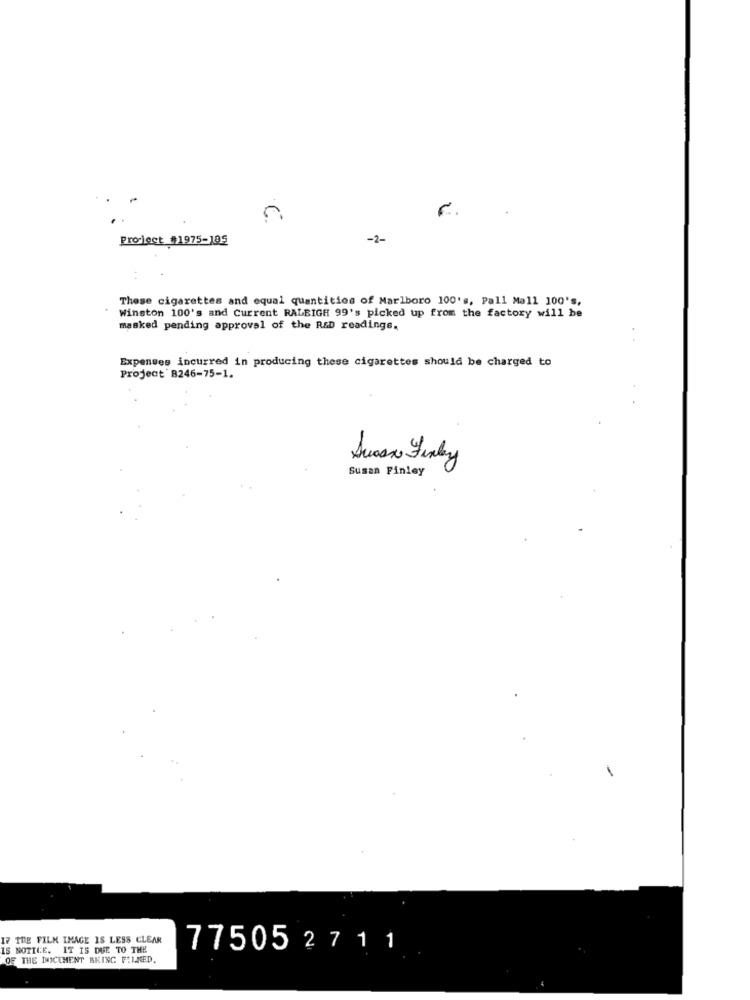
Project_#1975-185
-2-
These cigarettes and equal quantities of Marlboro 100's, Pall Mall 100's,
Winston 100's and Current RALEIGH 99's picked up from the factory will be
masked pending approval of the R&D readings.
Expenses incurred in producing these cigarettes should be charged to
Project' B246-75-1.
30
Swan Finley
Susan Finley
THE FILM IMAGE IS LESS CLEAR
IS NOTICE. IT IS DUE TO THE
77505 2 711
OF THE DICUMENT BEING FILMED.